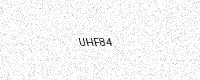
Text: UHF84